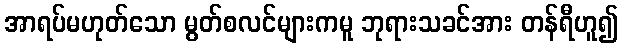
အာရပ်မဟုတ်သော မွတ်စလင်များကမူ ဘုရားသခင်အား တန်ရီဟူ၍